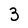
Character: 3